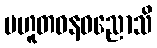
ပဟူတဓနဓညောသိ